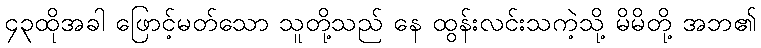
၄၃ထိုအခါ ဖြောင့်မတ်သော သူတို့သည် နေ ထွန်းလင်းသကဲ့သို့ မိမိတို့ အဘ၏